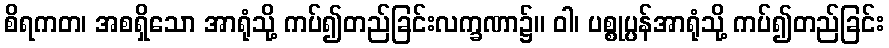
စိရကတ၊ အစရှိသော အာရုံသို့ ကပ်၍တည်ခြင်းလက္ခဏာ၌။ ဝါ၊ ပစ္စုပ္ပန်အာရုံသို့ ကပ်၍တည်ခြင်း